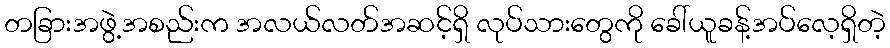
တခြားအဖွဲ့အစည်းက အလယ်လတ်အဆင့်ရှိ လုပ်သားတွေကို ခေါ်ယူခန့်အပ်လေ့ရှိတဲ့